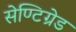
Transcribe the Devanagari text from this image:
सेण्टिग्रेड